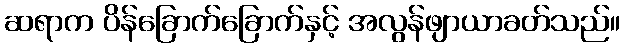
ဆရာက ပိန်ခြောက်ခြောက်နှင့် အလွန်ဖျာယာခတ်သည်။